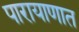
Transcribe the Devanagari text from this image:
पारायाणात